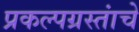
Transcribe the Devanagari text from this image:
प्रकल्पग्रस्तांचे